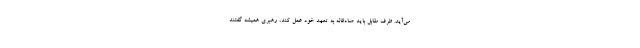
می‌آید. طرف مقابل باید صادقانه به تعهد خود عمل کند، رهبری همیشه گفتند